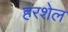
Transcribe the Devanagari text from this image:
हरशेल